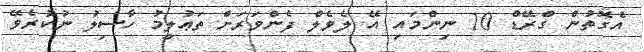
އެގޮތުން ގްރޭޑް 10 ނިންމައި އޭ ލެވެލް ފެންވަރަށް ތަޢުލީމު ހާސިލު ނުކުރެވޭ